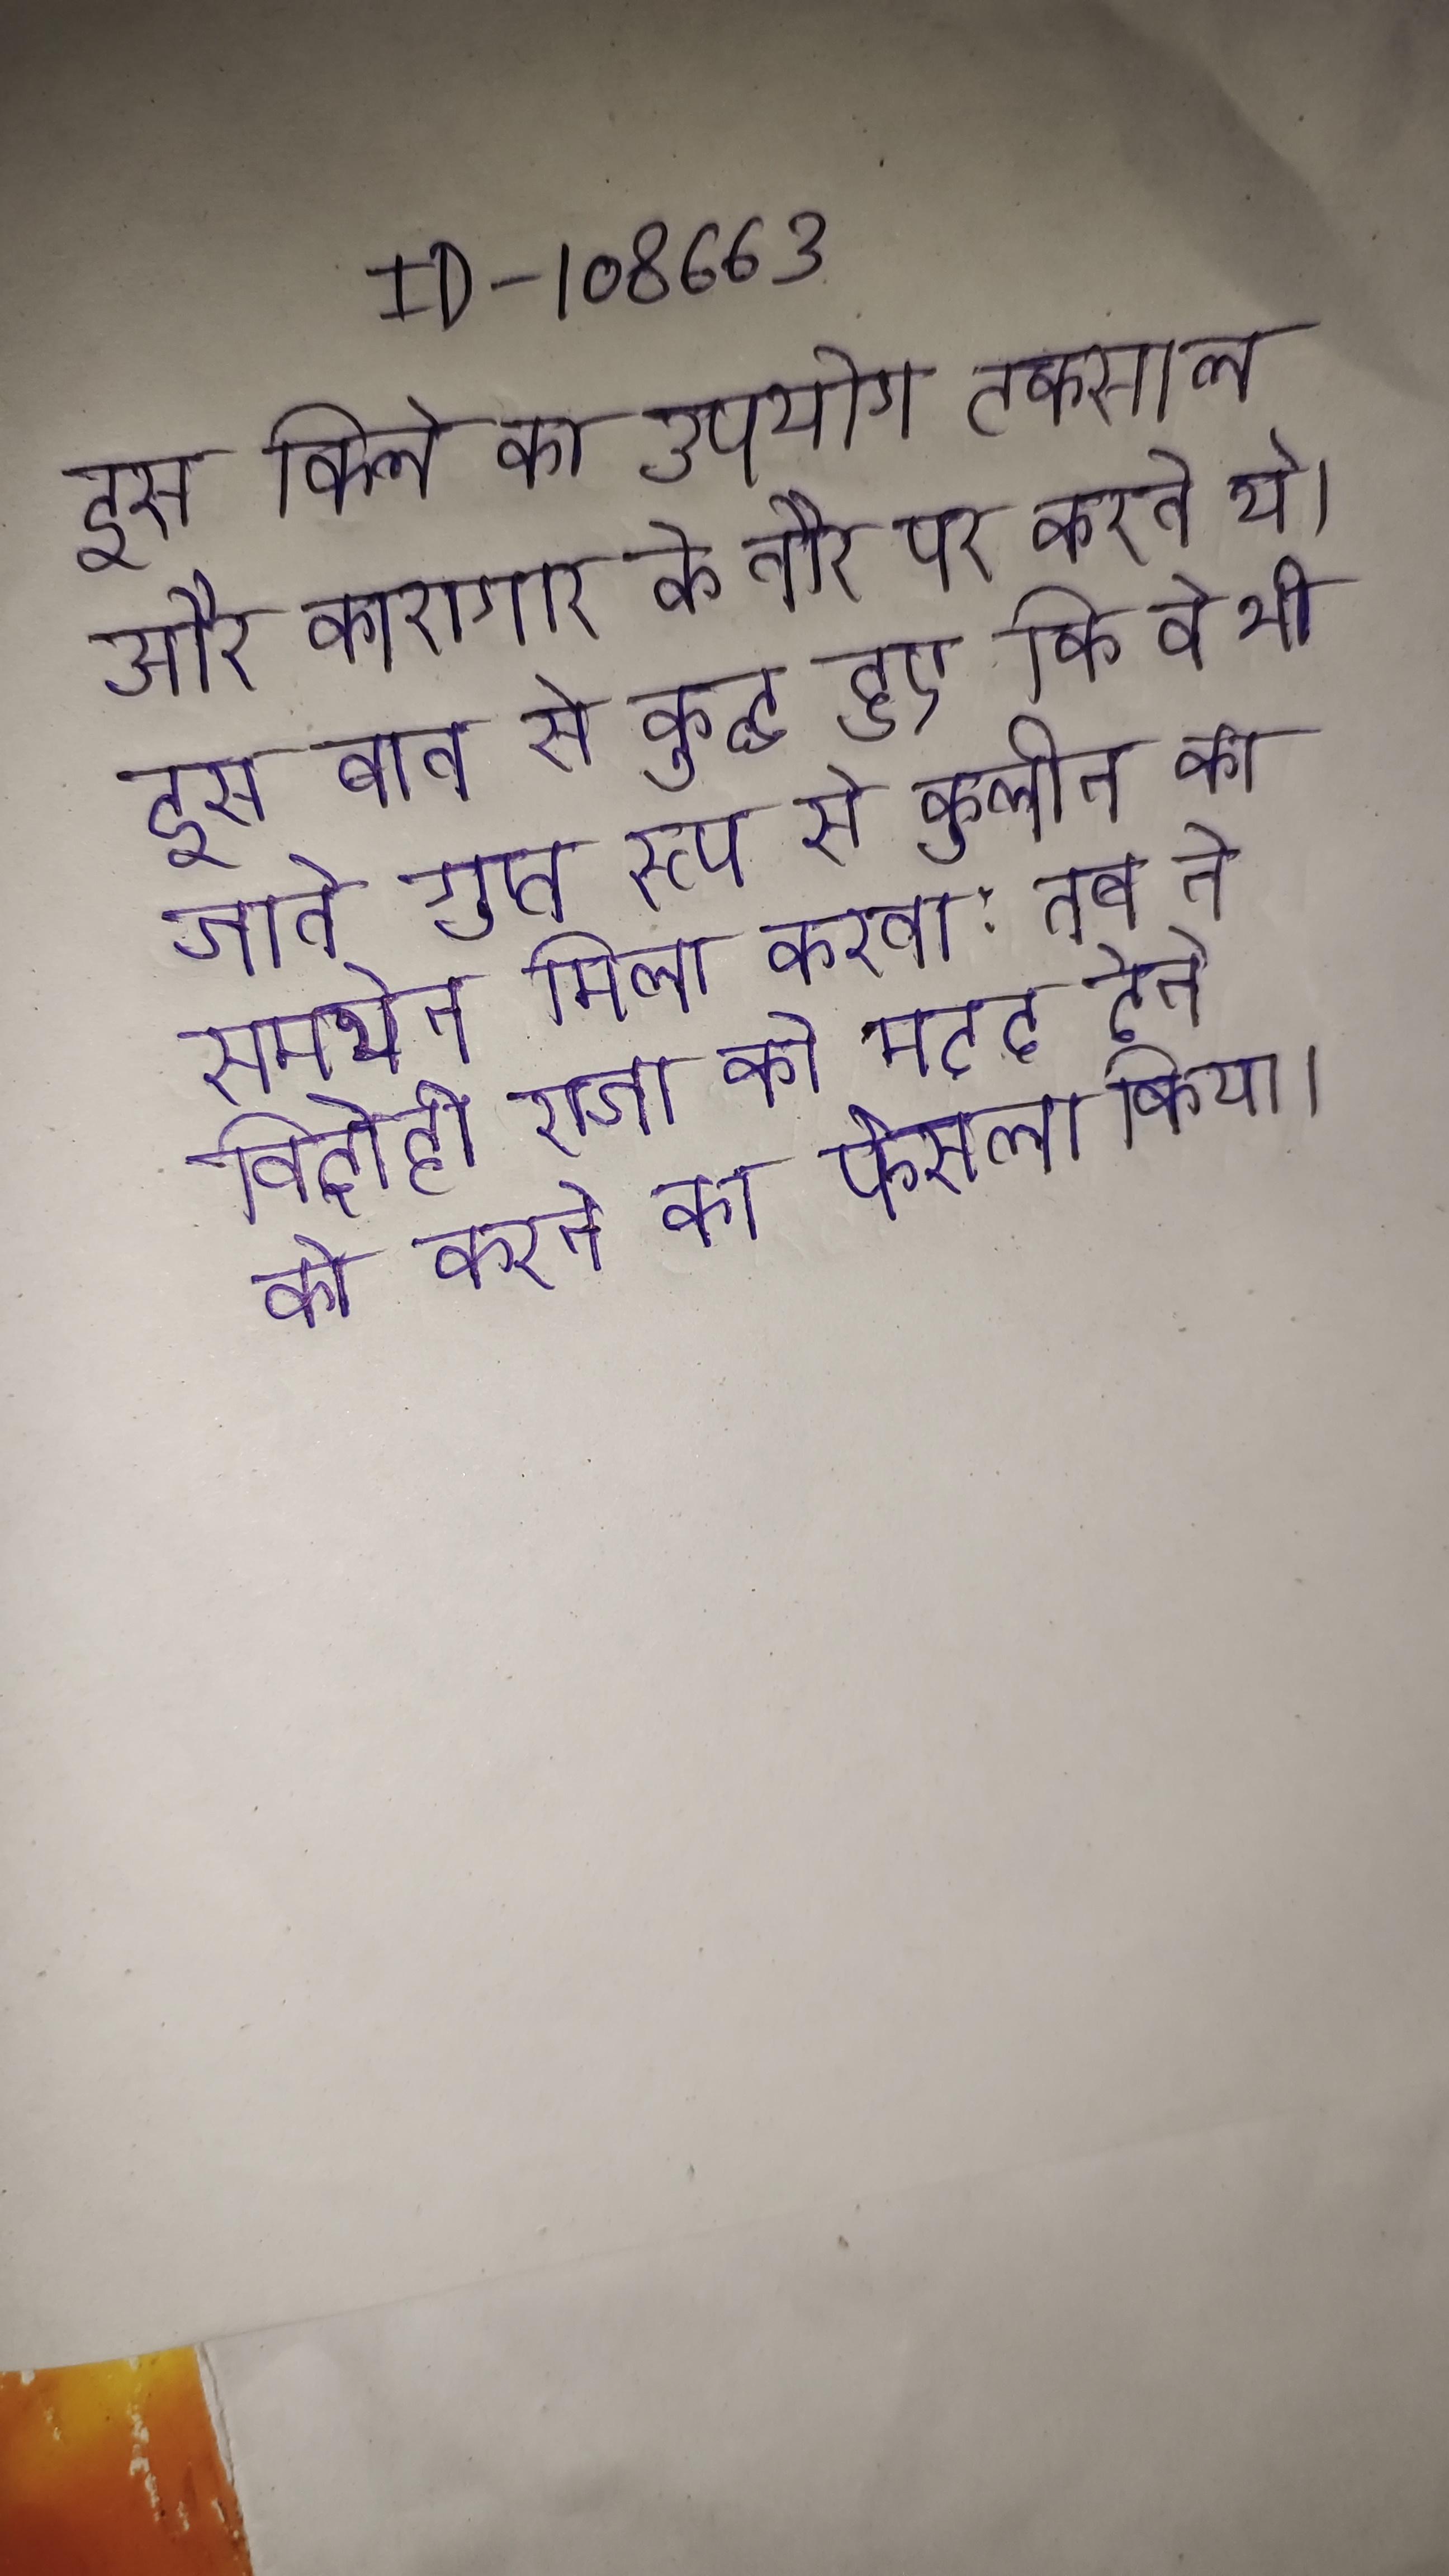
इस किले का उपयोग टकसाल और कारागार के तौर पर करते थे । इस बात से क्रुद्ध हुए कि वे भी जाते गुप्त रूप से कुलीन का समर्थन मिला करता; तब ने विद्रोही राजा को मदद देने को करने का फैसला किया ।